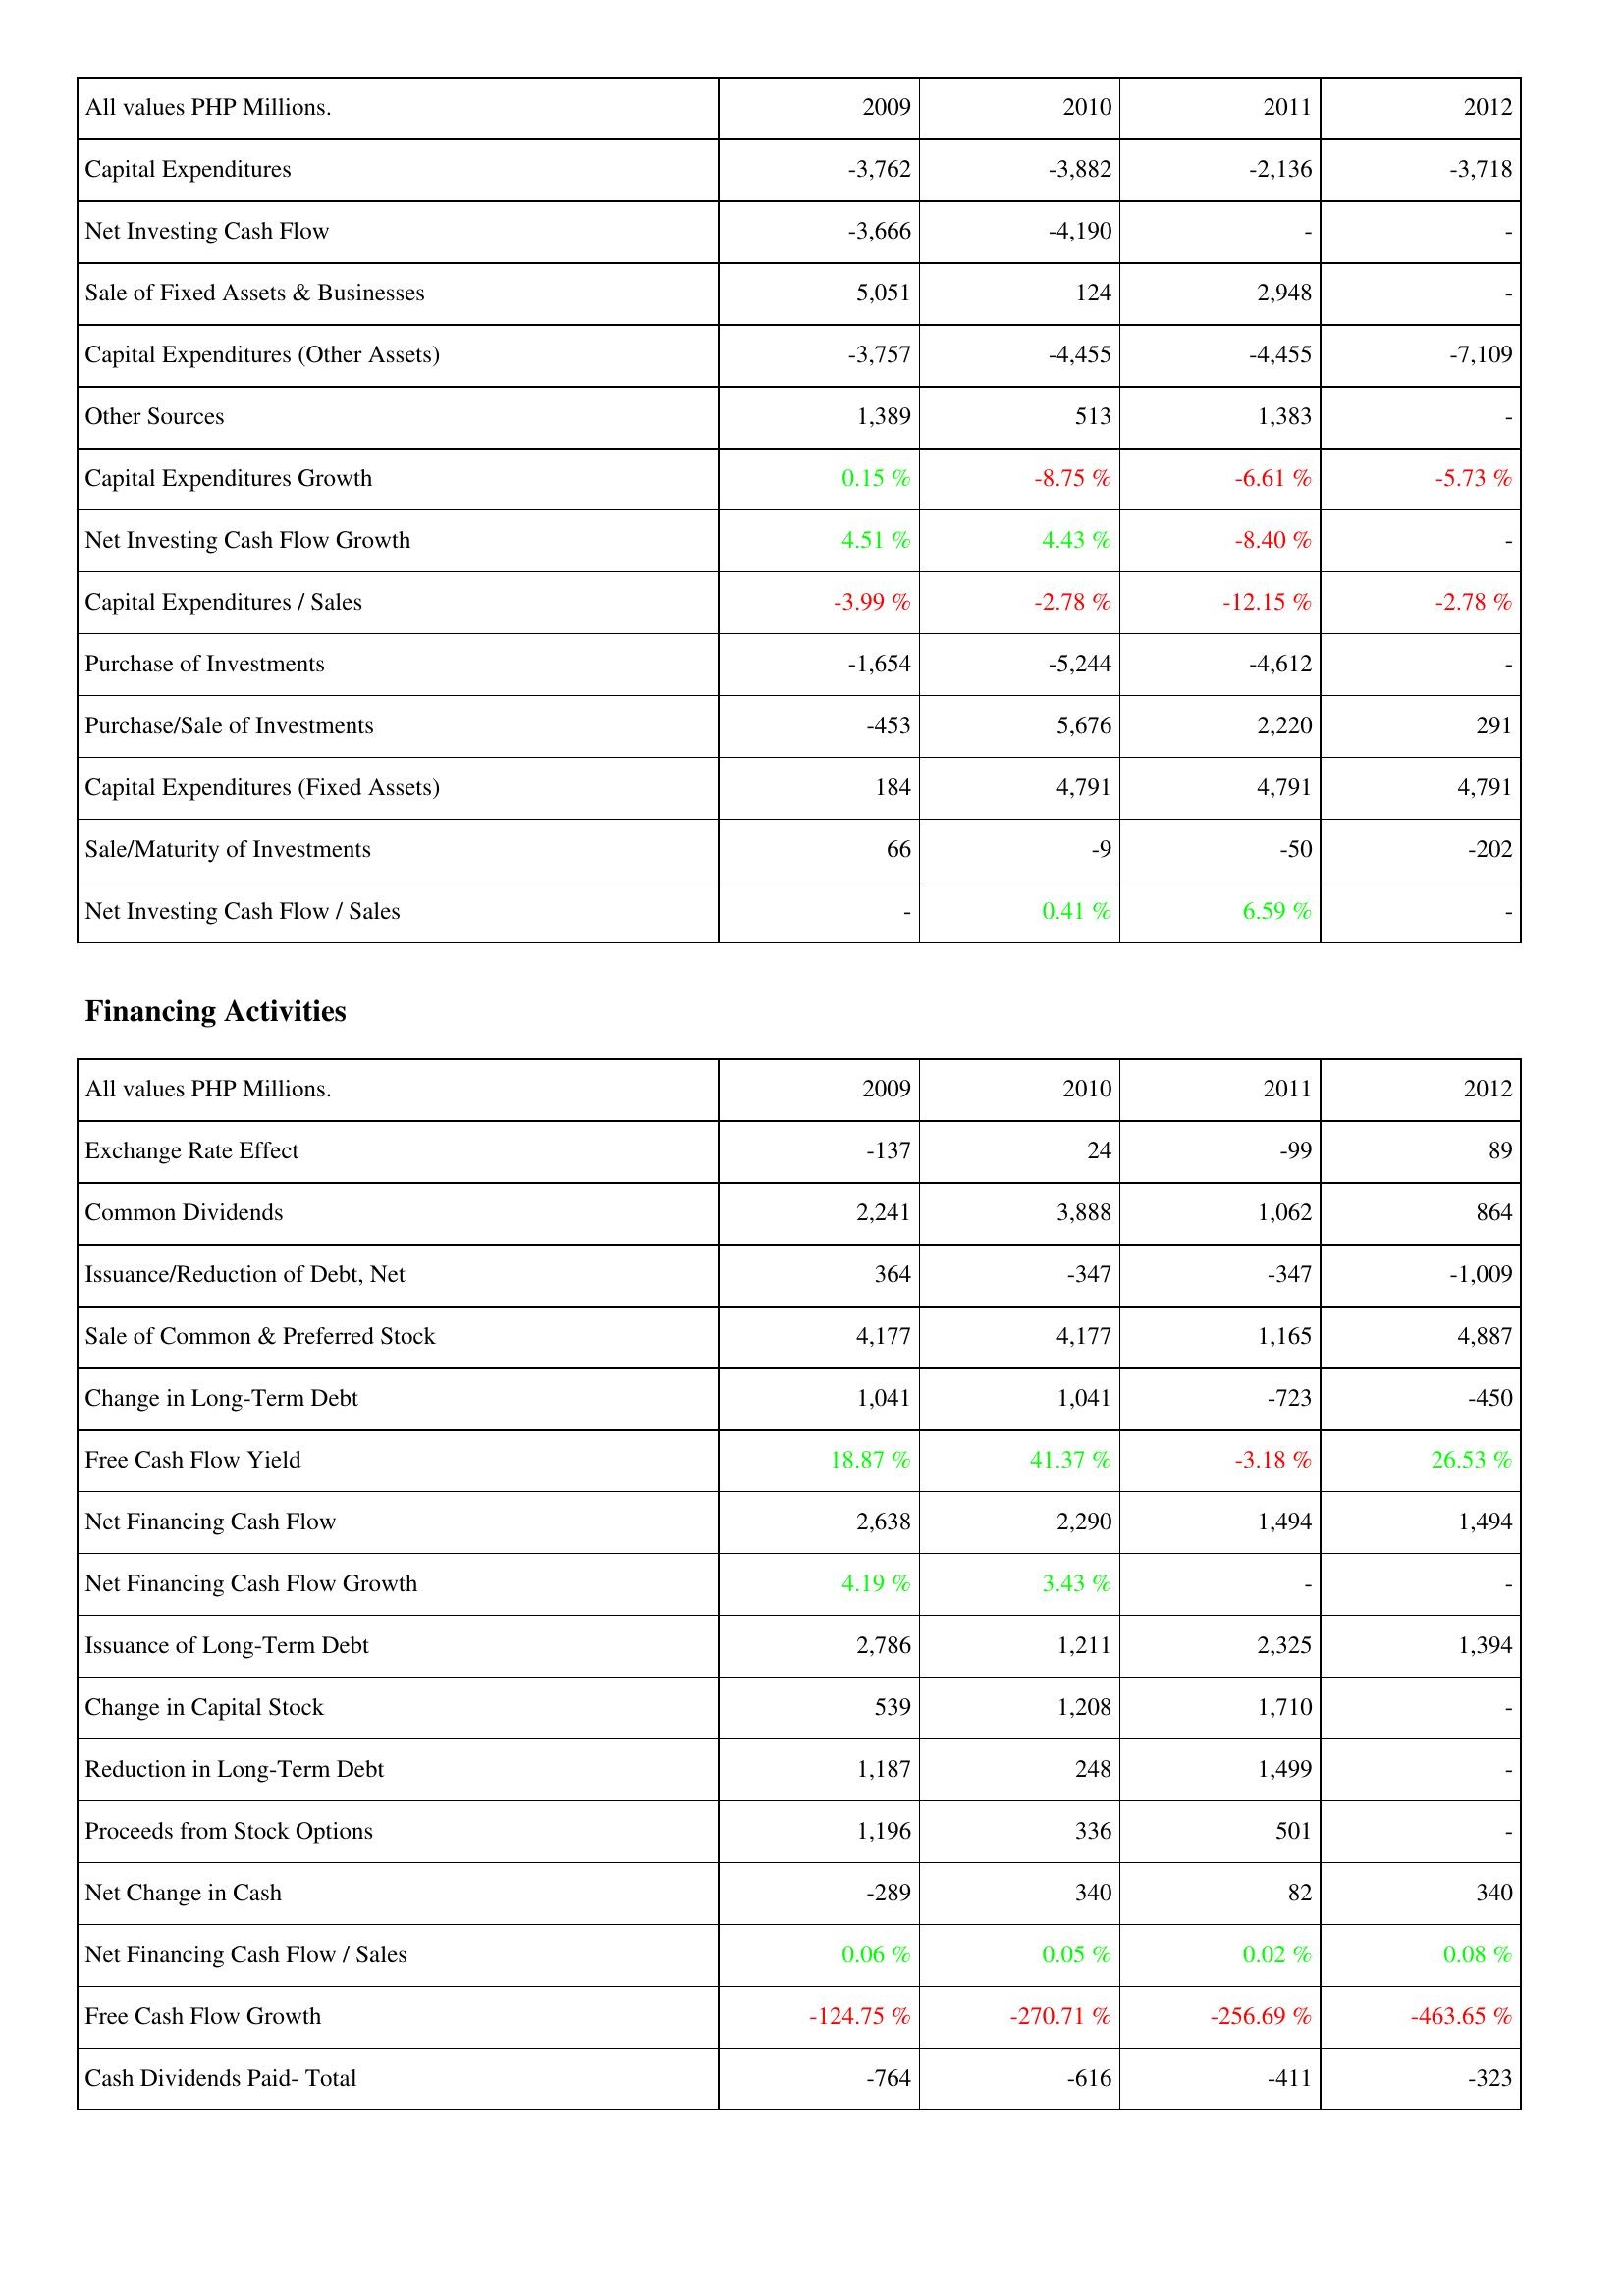
2009: Investing Activities: Capital Expenditures: -3,762
Net Investing Cash Flow: -3,666
Sale of Fixed Assets & Businesses: 5,051
Capital Expenditures (Other Assets): -3,757
Other Sources: 1,389
Capital Expenditures Growth: 0.15 %
Net Investing Cash Flow Growth: 4.51 %
Capital Expenditures / Sales: -3.99 %
Purchase of Investments: -1,654
Purchase/Sale of Investments: -453
Capital Expenditures (Fixed Assets): 184
Sale/Maturity of Investments: 66
Net Investing Cash Flow / Sales: -
Financing Activities: Exchange Rate Effect: -137
Common Dividends: 2,241
Issuance/Reduction of Debt, Net: 364
Sale of Common & Preferred Stock: 4,177
Change in Long-Term Debt: 1,041
Free Cash Flow Yield: 18.87 %
Net Financing Cash Flow: 2,638
Net Financing Cash Flow Growth: 4.19 %
Issuance of Long-Term Debt: 2,786
Change in Capital Stock: 539
Reduction in Long-Term Debt: 1,187
Proceeds from Stock Options: 1,196
Net Change in Cash: -289
Net Financing Cash Flow / Sales: 0.06 %
Free Cash Flow Growth: -124.75 %
Cash Dividends Paid- Total: -764
2010: Investing Activities: Capital Expenditures: -3,882
Net Investing Cash Flow: -4,190
Sale of Fixed Assets & Businesses: 124
Capital Expenditures (Other Assets): -4,455
Other Sources: 513
Capital Expenditures Growth: -8.75 %
Net Investing Cash Flow Growth: 4.43 %
Capital Expenditures / Sales: -2.78 %
Purchase of Investments: -5,244
Purchase/Sale of Investments: 5,676
Capital Expenditures (Fixed Assets): 4,791
Sale/Maturity of Investments: -9
Net Investing Cash Flow / Sales: 0.41 %
Financing Activities: Exchange Rate Effect: 24
Common Dividends: 3,888
Issuance/Reduction of Debt, Net: -347
Sale of Common & Preferred Stock: 4,177
Change in Long-Term Debt: 1,041
Free Cash Flow Yield: 41.37 %
Net Financing Cash Flow: 2,290
Net Financing Cash Flow Growth: 3.43 %
Issuance of Long-Term Debt: 1,211
Change in Capital Stock: 1,208
Reduction in Long-Term Debt: 248
Proceeds from Stock Options: 336
Net Change in Cash: 340
Net Financing Cash Flow / Sales: 0.05 %
Free Cash Flow Growth: -270.71 %
Cash Dividends Paid- Total: -616
2011: Investing Activities: Capital Expenditures: -2,136
Net Investing Cash Flow: -
Sale of Fixed Assets & Businesses: 2,948
Capital Expenditures (Other Assets): -4,455
Other Sources: 1,383
Capital Expenditures Growth: -6.61 %
Net Investing Cash Flow Growth: -8.40 %
Capital Expenditures / Sales: -12.15 %
Purchase of Investments: -4,612
Purchase/Sale of Investments: 2,220
Capital Expenditures (Fixed Assets): 4,791
Sale/Maturity of Investments: -50
Net Investing Cash Flow / Sales: 6.59 %
Financing Activities: Exchange Rate Effect: -99
Common Dividends: 1,062
Issuance/Reduction of Debt, Net: -347
Sale of Common & Preferred Stock: 1,165
Change in Long-Term Debt: -723
Free Cash Flow Yield: -3.18 %
Net Financing Cash Flow: 1,494
Net Financing Cash Flow Growth: -
Issuance of Long-Term Debt: 2,325
Change in Capital Stock: 1,710
Reduction in Long-Term Debt: 1,499
Proceeds from Stock Options: 501
Net Change in Cash: 82
Net Financing Cash Flow / Sales: 0.02 %
Free Cash Flow Growth: -256.69 %
Cash Dividends Paid- Total: -411
2012: Investing Activities: Capital Expenditures: -3,718
Net Investing Cash Flow: -
Sale of Fixed Assets & Businesses: -
Capital Expenditures (Other Assets): -7,109
Other Sources: -
Capital Expenditures Growth: -5.73 %
Net Investing Cash Flow Growth: -
Capital Expenditures / Sales: -2.78 %
Purchase of Investments: -
Purchase/Sale of Investments: 291
Capital Expenditures (Fixed Assets): 4,791
Sale/Maturity of Investments: -202
Net Investing Cash Flow / Sales: -
Financing Activities: Exchange Rate Effect: 89
Common Dividends: 864
Issuance/Reduction of Debt, Net: -1,009
Sale of Common & Preferred Stock: 4,887
Change in Long-Term Debt: -450
Free Cash Flow Yield: 26.53 %
Net Financing Cash Flow: 1,494
Net Financing Cash Flow Growth: -
Issuance of Long-Term Debt: 1,394
Change in Capital Stock: -
Reduction in Long-Term Debt: -
Proceeds from Stock Options: -
Net Change in Cash: 340
Net Financing Cash Flow / Sales: 0.08 %
Free Cash Flow Growth: -463.65 %
Cash Dividends Paid- Total: -323